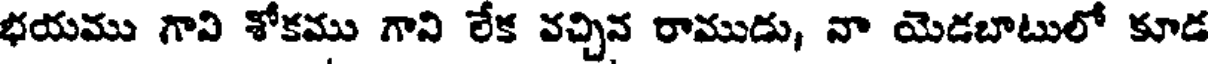
భయము గావి శోకము గాని లేక వచ్చిన రాముడు, నా యెడబాటులో కూడ